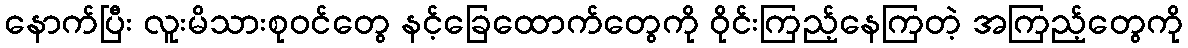
နောက်ပြီး လူးမိသားစုဝင်တွေ နင့်ခြေထောက်တွေကို ဝိုင်းကြည့်နေကြတဲ့ အကြည့်တွေကို